Annual statistical returns and brief notes on vaccination in Bengal - 1909-1929
Year: 1909
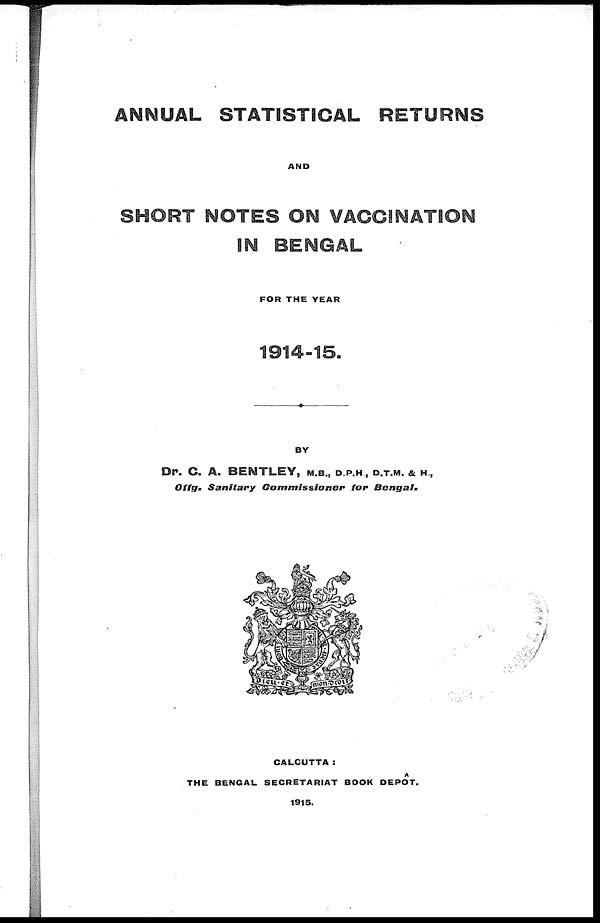
ANNUAL STATISTICAL RETURNS
AND
SHORT NOTES ON VACCINATION
IN BENGAL
FOR THE YEAR
1914-15.
BY
Dr. C. A. BENTLEY, M.B., D.P.H., D.T.M. & H.,
Offg. Sanitary
Commissioner
for
Bengal.
CALCUTTA:
THE BENGAL SECRETARIAT BOOK DEPÔT.
1915.